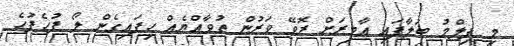
މި ފިލްމު ބަލާފައި އާމިރަށް ރޮވޭ ވަރުން ތުވާއްޔެއް ހިފައިގެން ލޯ ފުހެފުހެ